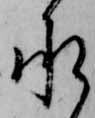
承